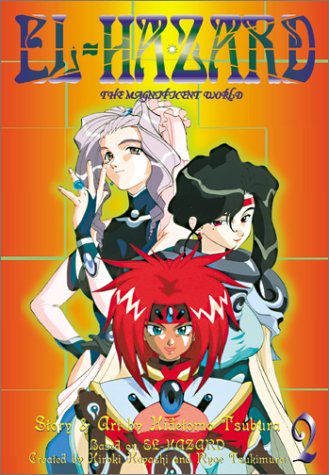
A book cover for El-Hazard: 2; Hidetomo Tsubura; Comics & Graphic Novels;